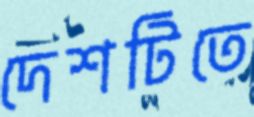
দেশটিতে